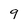
Character: 9